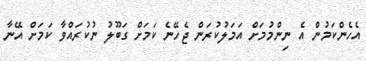
އެހެންކަމުން އެ ނިންމުމަށް އަމަލުކުރަން ޖެހޭނެ ކަމަށް ގަބޫލު ނުކުރައްވާ ކަމަށް އޭނާ